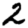
Digit: 2